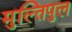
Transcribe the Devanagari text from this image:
मुल्तिपुल